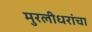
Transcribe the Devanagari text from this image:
मुरलीधरांचा